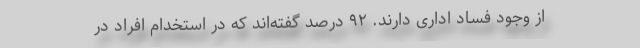
از وجود فساد اداری دارند. ۹۲ درصد گفته‌اند که در استخدام افراد در